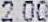
2.00